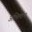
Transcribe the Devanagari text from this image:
अभिलाभ